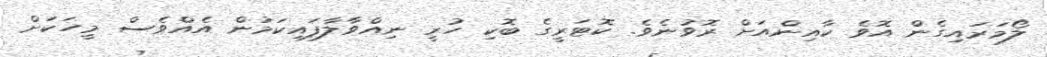
ލޯމަރައިގެން އޮވެ ކާއިންއަށް ރޮވުނެވެ. ކޮޓަރީގެ ބޮކި ހުރީ ނިއްވާލާފައިކަމުން އެއްވެސް މީހަކަށް